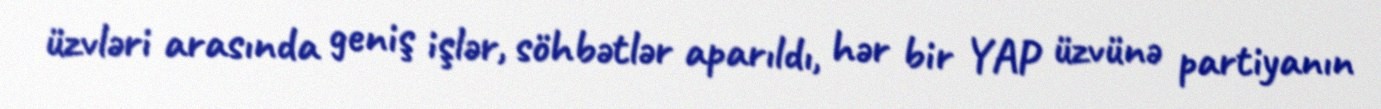
üzvləri arasında geniş işlər, söhbətlər aparıldı, hər bir YAP üzvünə partiyanın